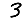
Digit: 3